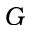
G